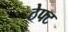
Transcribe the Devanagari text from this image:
ठेफ्ट